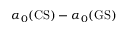
\alpha _ { 0 } ( \mathrm { C S } ) - \alpha _ { 0 } ( \mathrm { G S } )